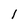
Character: 1